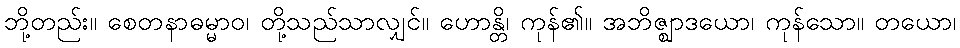
ဘို့တည်း။ စေတနာဓမ္မာဝ၊ တို့သည်သာလျှင်။ ဟောန္တိ၊ ကုန်၏။ အဘိဇ္ဈာဒယော၊ ကုန်သော။ တယော၊